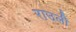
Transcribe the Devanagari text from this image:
राउली